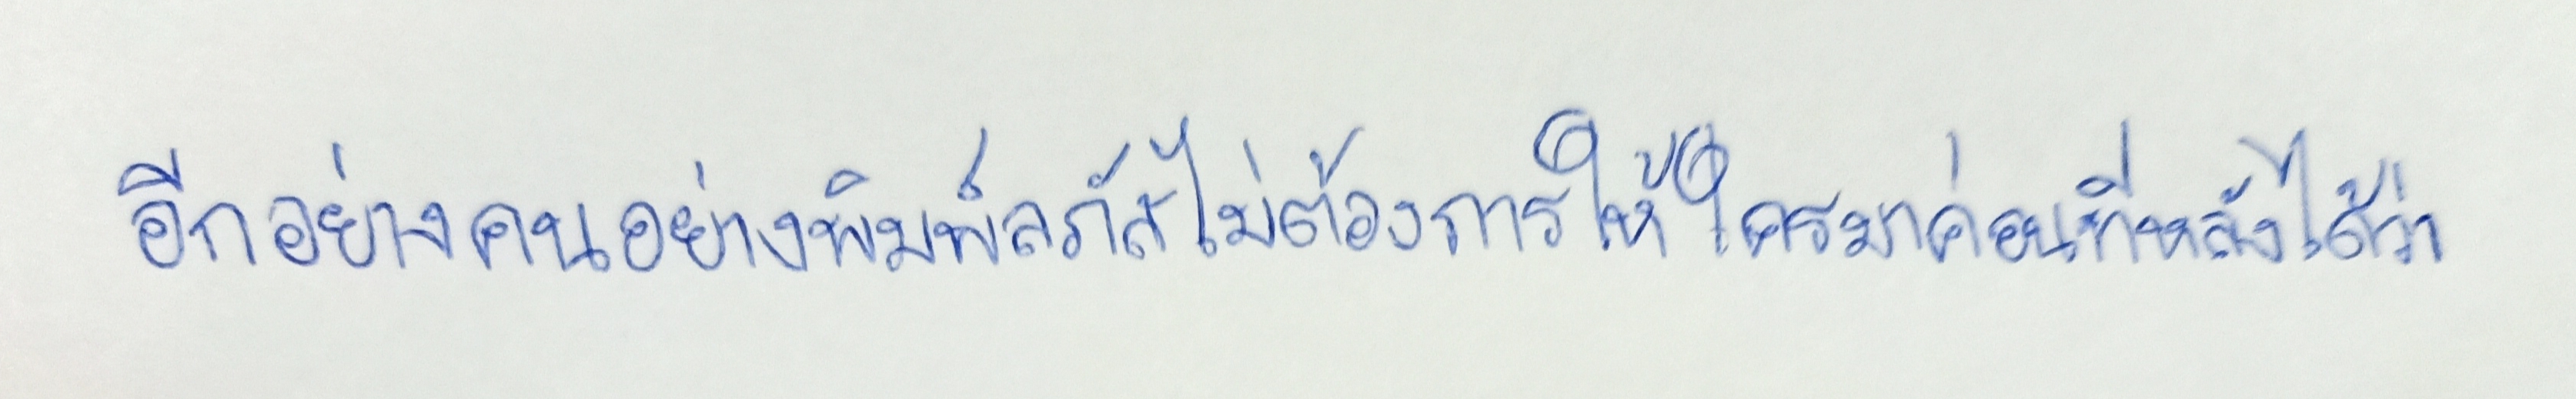
อีกอย่างคนอย่างพิมพ์ลภัสไม่ต้องการให้ใครมาค่อนทีหลังได้ว่า